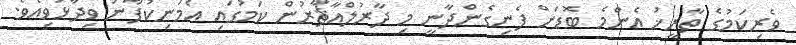
ވެރިކަމުގެ ތާރީޚު އެންމެ ބޮޑަށް ފެނިގެންދާނީ މި ދާރުލްއާޘާރުން ކަމުގައި އެމަނިކުފާނު ވިދާޅުވިއެވެ.